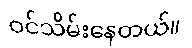
ဝင်သိမ်းနေတယ်။